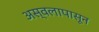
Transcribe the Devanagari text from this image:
अस्वलापासून